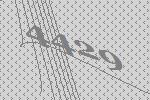
4429